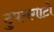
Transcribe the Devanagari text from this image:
टुपनगाटो